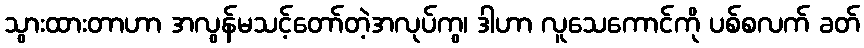
သွားထားတာဟာ အလွန်မသင့်တော်တဲ့အလုပ်ကွ၊ ဒါဟာ လူသေကောင်ကို ပစ်စလက် ခတ်